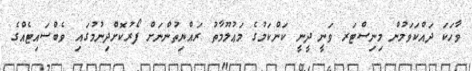
ވާހަކަ ދައްކަވަމުން މިނިސްޓަރ ވަނީ ދީނީ ކަންކަމުގެ މަޢުލޫމާތު ރައްޔިތުންނަށް ފޯރުކޮށްދިނުމުގައި ވެބްސައިޓެއްގެ